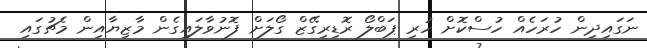
ނަގައިދިން ހުރަހެއް ހުސްކޮށް ހުރި ޕަބްލޯ ރޮޑިރިގޭޒް ގޯލަށް ފޮނުވާލައިގެން މާޒިޔާއިން މެޗުގައި